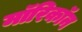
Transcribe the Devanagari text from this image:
माॅरिकाॅन